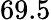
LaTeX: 69.5